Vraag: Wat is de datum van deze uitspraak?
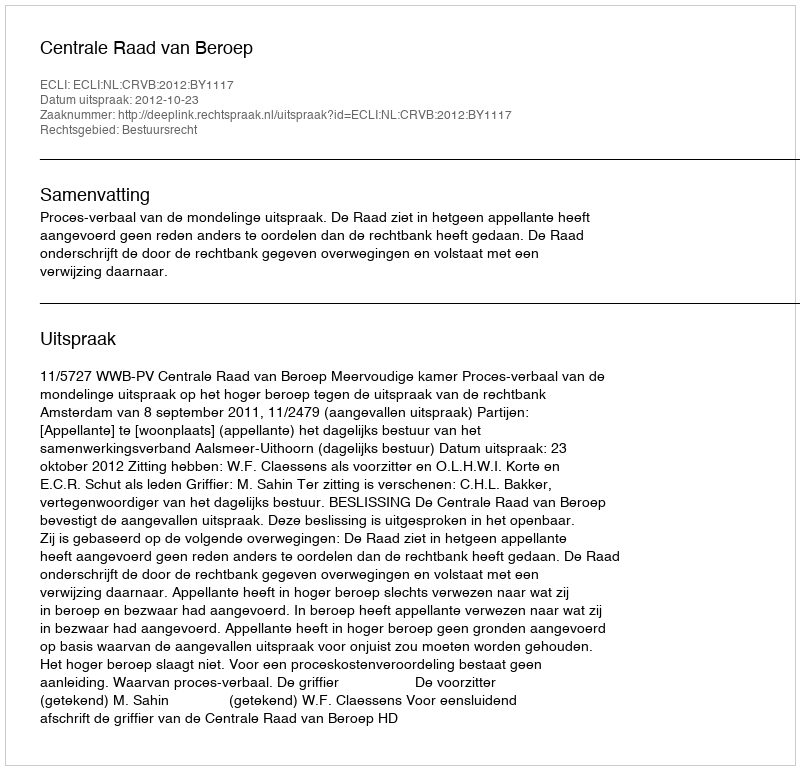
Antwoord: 2012-10-23